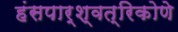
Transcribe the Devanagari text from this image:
हंसपार्श्वत्रिकोणे